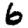
Digit: 6